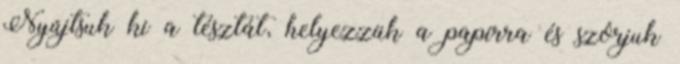
Nyújtsuk ki a tésztát, helyezzük a papírra és szórjuk